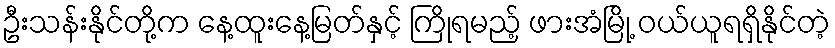
ဦးသန်းနိုင်တို့က နေ့ထူးနေ့မြတ်နှင့် ကြိုရမည့် ဖားအံမြို့ ဝယ်ယူရရှိနိုင်တဲ့